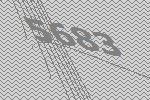
5683